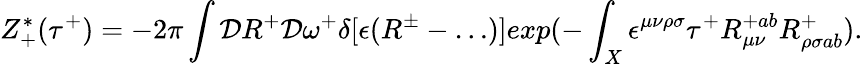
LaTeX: Z_{+}^{*}(\tau^{+})=-2\pi\int{\cal D}R^{+}{\cal D}\omega^{+}\delta[\epsilon(R^{\pm}-\dots)]exp(-\int_{X}\epsilon^{\mu\nu\rho\sigma}\tau^{+}R_{\mu\nu}^{+ab}R_{\rho\sigma ab}^{+}).